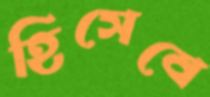
হিসেবে